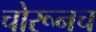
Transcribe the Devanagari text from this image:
चोरूनच